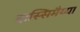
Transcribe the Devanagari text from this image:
दास्सिमैय्या